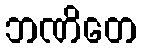
ဘဏိတေ